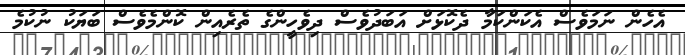
އެހެން ނަމަވެސް އެކަންކަމާ ދެކޮޅަށް އަބަދުވެސް ދިވެހީންގެ ތެރެއިން ކޮންމެވެސް ބަޔަކު ނުކުމެ